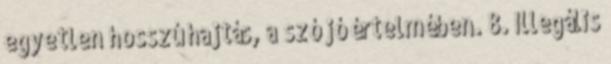
egyetlen hosszú hajtás, a szó jó értelmében. 8. Illegális